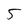
Character: 5